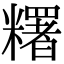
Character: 糬